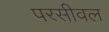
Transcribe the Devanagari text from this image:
परसीवल